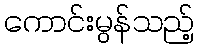
ကောင်းမွန်သည့်